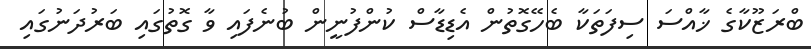
ބްރަޒޫކާގެ ޚާއްސަ ސިފަތަކާ ބެހޭގޮތުން އެޑިޑާސް ކުންފުނީން ބުނެފައި ވާ ގޮތުގައި ބަރުދަނުގައި